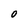
Character: O